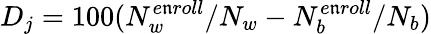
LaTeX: D_{j}=100(N_{w}^{e\mathfrak{n}roll}/N_{w}-N_{b}^{e\mathfrak{n}roll}/N_{b})